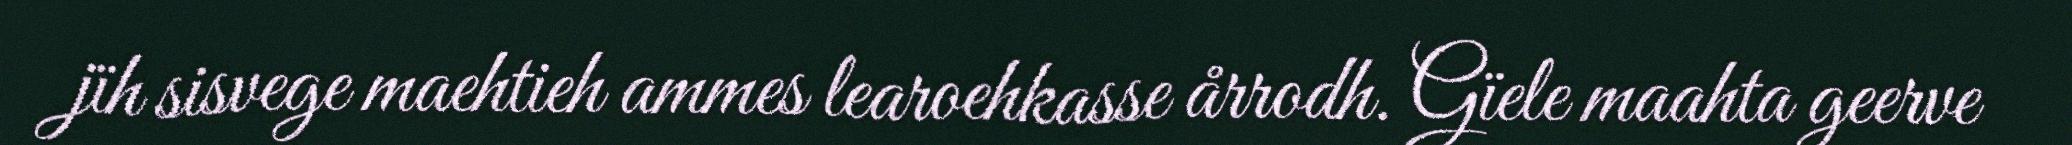
jïh sisvege maehtieh ammes learoehkasse årrodh. Gïele maahta geerve